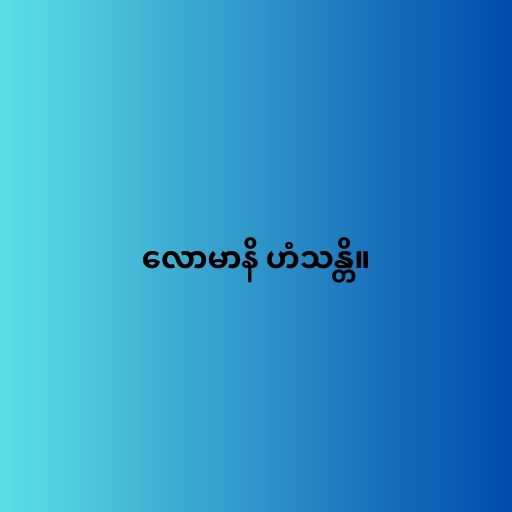
လောမာနိ ဟံသန္တိ။